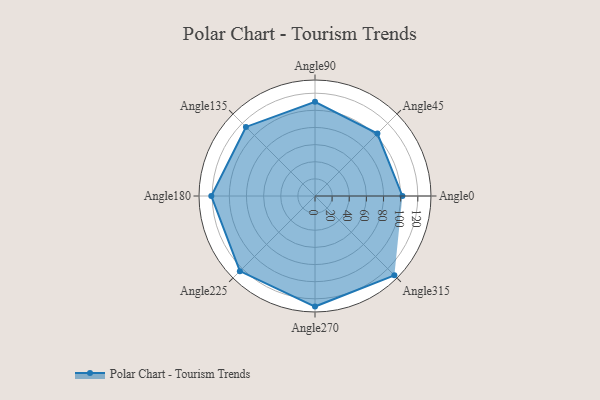
{"axis": {"x": "Angle", "y": "Radius"}, "legend": [""], "data": [{"x": "Angle0", "y": 102.0, "type": ""}, {"x": "Angle45", "y": 103.0, "type": ""}, {"x": "Angle90", "y": 110.0, "type": ""}, {"x": "Angle135", "y": 114.0, "type": ""}, {"x": "Angle180", "y": 121.0, "type": ""}, {"x": "Angle225", "y": 124.0, "type": ""}, {"x": "Angle270", "y": 129.0, "type": ""}, {"x": "Angle315", "y": 131.0, "type": ""}]}